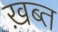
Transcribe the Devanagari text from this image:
ख़ब्त